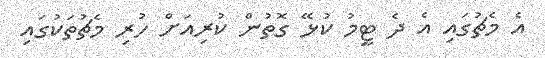
އެ މެޗުގައި އެ ދެ ޓީމު ކުޅޭ ގޮތުން ކުރިއަށް ހުރި މެޗުތަކުގައި